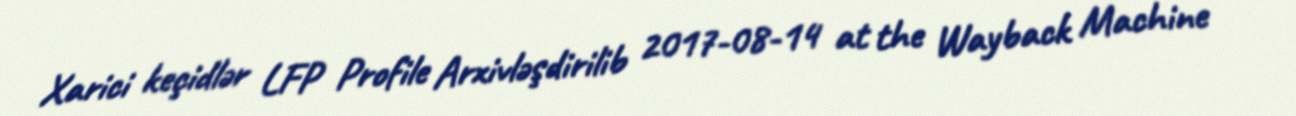
Xarici keçidlər LFP Profile Arxivləşdirilib 2017-08-14 at the Wayback Machine